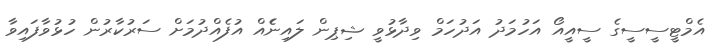
އެމްޓީސީސީގެ ސީއީއޯ އަހުމަދު އަދުހަމް ވިދާޅުވީ ޝިޕިން ލައިނެެއް އުފެއްދުމަށް ސަރުކާރުން ހުޅުވާފައިވާ